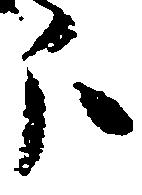
分